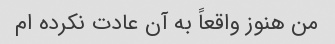
من هنوز واقعاً به آن عادت نکرده ام